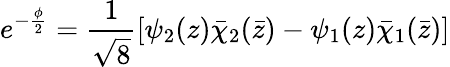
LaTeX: e^{-\frac{\phi}{2}}=\frac{1}{\sqrt{8}}[\psi_{2}(z)\bar{\chi}_{2}(\bar{z})-\psi_{1}(z)\bar{\chi}_{1}(\bar{z})]